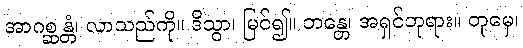
အာဂစ္ဆန္တံ၊ လာသည်ကို။ ဒိသွာ၊ မြင်၍။ ဘန္တေ၊ အရှင်ဘုရား။ တုမှေ၊